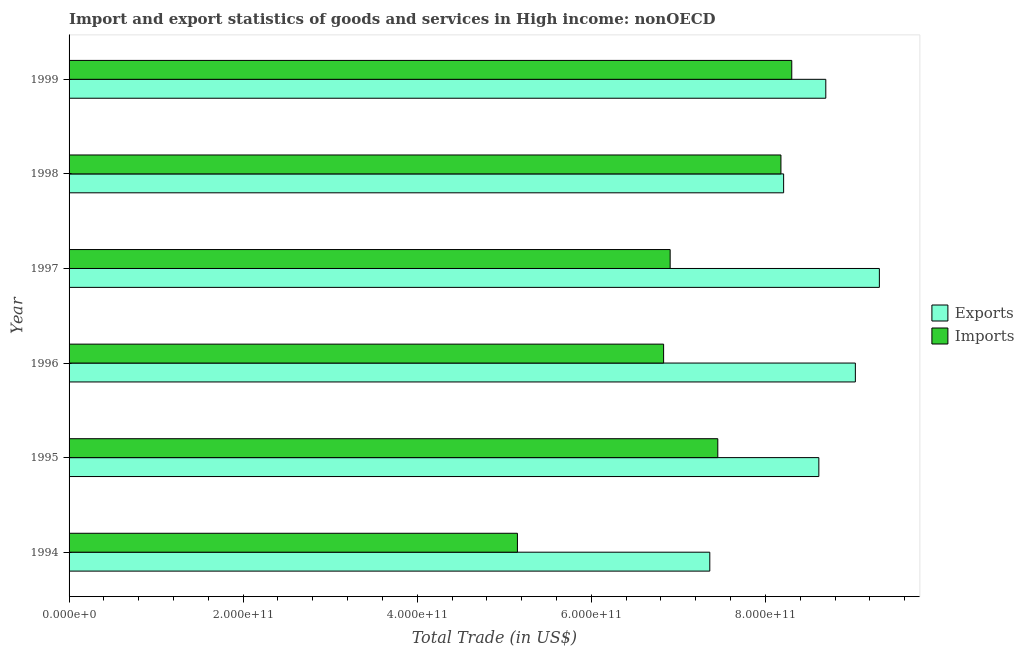
| Year | Exports | Imports |
 | --- | --- | --- |
 | 1994 | 7.36e+11 | 5.15e+11 |
 | 1995 | 8.61e+11 | 7.45e+11 |
 | 1996 | 9.03e+11 | 6.83e+11 |
 | 1997 | 9.31e+11 | 6.91e+11 |
 | 1998 | 8.21e+11 | 8.18e+11 |
 | 1999 | 8.69e+11 | 8.3e+11 |